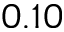
0 . 1 0